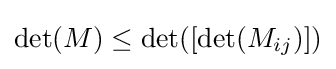
\det(M)\leq \det([\det(M_{ij})])